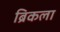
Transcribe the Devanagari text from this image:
ब्रिकला